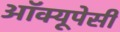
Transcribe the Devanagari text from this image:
अॉक्यूपेसी